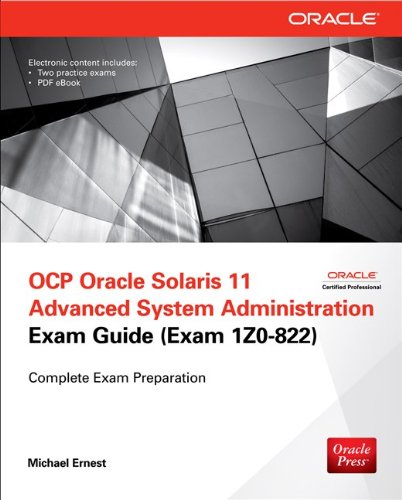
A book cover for OCP Oracle Solaris 11 Advanced System Administration Exam Guide (Exam 1Z0-822) (Certification Press); Michael Ernest; Computers & Technology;